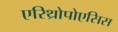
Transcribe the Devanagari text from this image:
एरिथ्रोपोएसिस